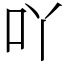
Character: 吖